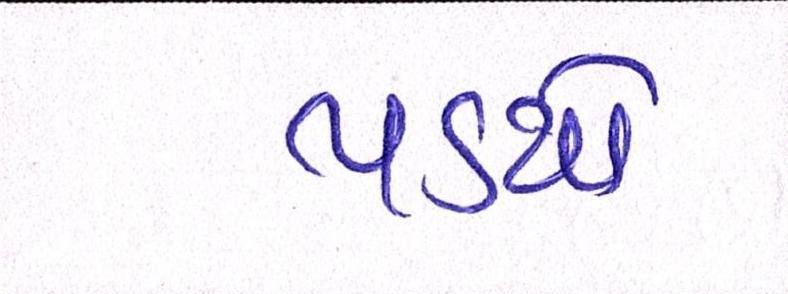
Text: પડયો